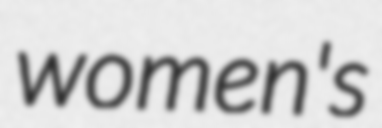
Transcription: women's